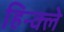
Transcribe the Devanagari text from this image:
हिन्क्ले